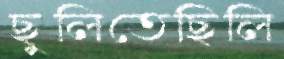
ছুলিতেছিলি